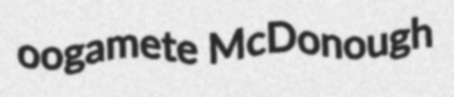
oogamete McDonough